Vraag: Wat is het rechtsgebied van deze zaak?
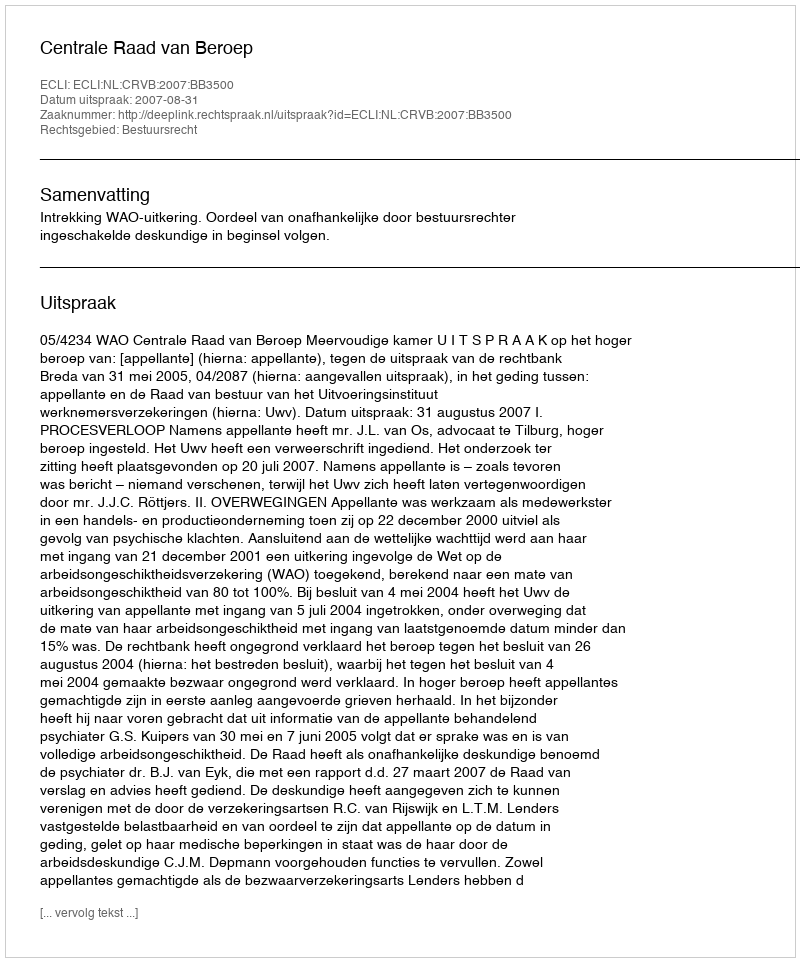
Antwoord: Bestuursrecht